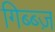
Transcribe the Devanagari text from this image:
गिब्ब्ज़